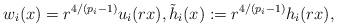
LaTeX: \begin{align*}w_i(x)=r^{4/(p_i-1)}u_i(rx), \tilde h_i(x):=r^{4/(p_i-1)} h_i(rx),\end{align*}